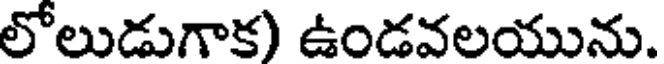
లోలుడుగాక) ఉండవలయును.